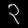
Digit: ၃